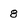
Character: 8